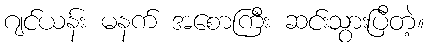
ဂျင်ယန်း မနက် အစောကြီး ဆင်းသွားပြီတဲ့။